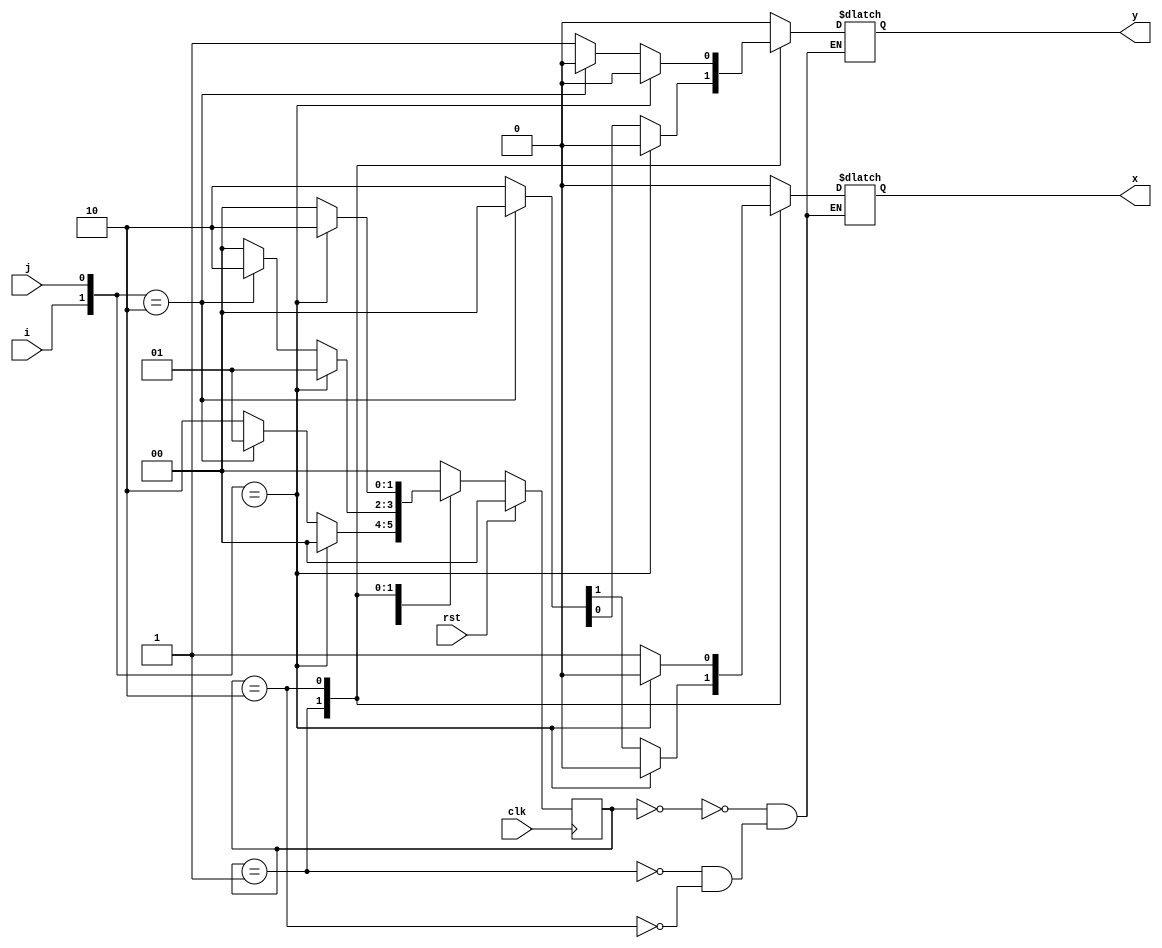
/*Design a synchronous logic control unit for Vending machine and verify using test bench. Verilog Code for Vending Machine that can
take only two types of coins of denomination 1 and 2 in any order. It delivers only one product that is priced Rs. 3. On receiving Rs. 3 
the product is delivered by asserting an output X=1 which otherwise remains 0. If it gets Rs. 4 then the product is delivered by asserting X
and also a coin return mechanism is activated by output Y = 1to return a Re. 1 coin. There are two sensors to sense the
denomination of the coins that give binary output as shown in the following table. The clock speed is much higher than human
response time i.e., no two coins can be deposited in same clock cycle */

module vending(i,j,clk,rst,x,y);
input i,j,clk,rst; output reg x,y;
parameter
s0=2'b00,s1=2'b01,s2=2'b10;
reg [1:0]ns,ps;
always@(posedge clk)
begin
if(rst)
ps<=s0;
else ps<=ns;
end
always@(*) begin
ns=s0; case(ps)
s0:begin
if({i,j}==2'b0x)
begin
ns=s0;
{x,y}=2'b00;
end
else if({i,j}==2'b10)
begin
ns=s1;
{x,y}=2'b00;
end
else begin
ns=s2;
{x,y}=2'b00; end
end s1:begin
if({i,j}==2'b0x)
begin
ns=s1;
{x,y}=2'b00;
end
else if({i,j}==2'b10)
begin
ns=s2;
{x,y}=2'b00;
end
else
begin
ns=s0;
{x,y}=2'b10; end
end
s2:begin
if({i,j}==2'b0x)
begin
ns=s2;
{x,y}=2'b00;
end
else if({i,j}==2'b10)
begin
ns=s0;
{x,y}=2'b10; end
else begin
ns=s0; {x,y}=2'b11;
end
end
endcase
end
endmodule